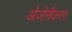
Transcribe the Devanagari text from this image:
ओज़ोनीकरण